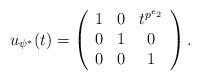
LaTeX: \begin{align*} u_{\psi^*}(t) = \left(\begin{array}{c c c} 1 & 0 & t^{p^{e_2}} \\ 0 & 1 & 0 \\ 0 & 0 & 1\end{array}\right) . \end{align*}